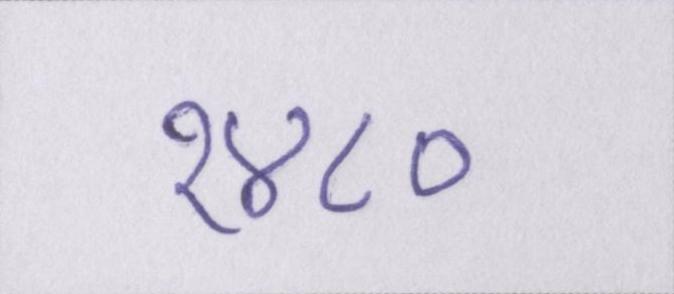
१४८०